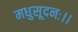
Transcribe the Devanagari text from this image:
मधुसूदनः।।